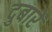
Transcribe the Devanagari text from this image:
दुबारें